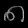
Digit: ၈